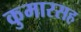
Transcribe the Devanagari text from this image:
कुमारसह